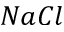
N a C l